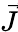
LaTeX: \vec{J}